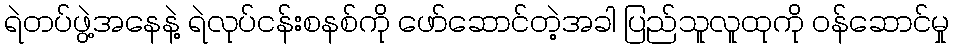
ရဲတပ်ဖွဲ့အနေနဲ့ ရဲလုပ်ငန်းစနစ်ကို ဖော်ဆောင်တဲ့အခါ ပြည်သူလူထုကို ဝန်ဆောင်မှု